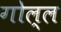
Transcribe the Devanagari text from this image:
गोल्ल